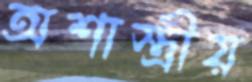
অশাস্ত্রীয়